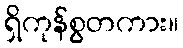
ရှိကုန်စွတကား။